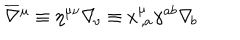
\overline { { \nabla } } { ^ \mu } \equiv \eta ^ { \mu \nu } \nabla _ { \! \nu } \equiv x _ { \, , a } ^ { \mu } \gamma ^ { a b } \nabla _ { \! b }